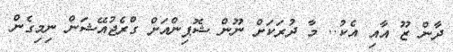
ދާން ޒޫ އާއި އެކު.. މާ ދުރަކަށް ނޫން ޝޮޕިންއަށް ގްރެޖުއޭޝަން ނިމިގެން